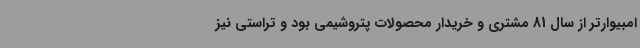
امبیوارتر از سال 81 مشتری و خریدار محصولات پتروشیمی بود و تراستی نیز